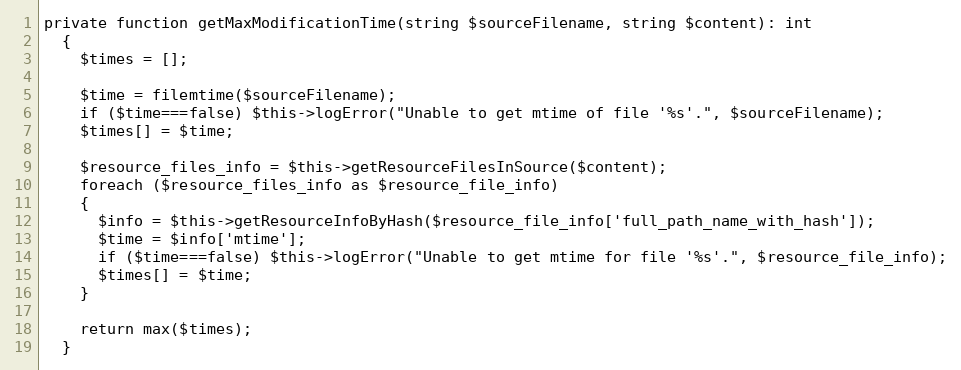
Language: PHP
private function getMaxModificationTime(string $sourceFilename, string $content): int
  {
    $times = [];

    $time = filemtime($sourceFilename);
    if ($time===false) $this->logError("Unable to get mtime of file '%s'.", $sourceFilename);
    $times[] = $time;

    $resource_files_info = $this->getResourceFilesInSource($content);
    foreach ($resource_files_info as $resource_file_info)
    {
      $info = $this->getResourceInfoByHash($resource_file_info['full_path_name_with_hash']);
      $time = $info['mtime'];
      if ($time===false) $this->logError("Unable to get mtime for file '%s'.", $resource_file_info);
      $times[] = $time;
    }

    return max($times);
  }